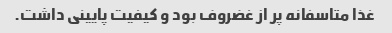
غذا متاسفانه پر از غضروف بود و کیفیت پایینی داشت.